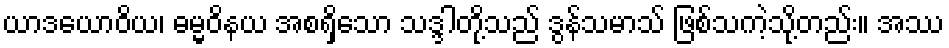
ယာဒယောဝိယ၊ ဓမ္မဝိနယ အစရှိသော သဒ္ဒါတို့သည် ဒွန်သမာသ် ဖြစ်သကဲ့သို့တည်း။ အဿ